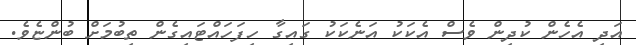
އަދި އެހެން ކުދިން ވެސް އެކަކު އަނެކަކު ގައިގާ ހިފަހައްޓައިގެން ތިބުމަށް ބުންޏެވެ.